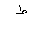
Letter: _da